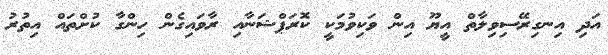
އަދި އިނގިރޭސިވިލާތް އީޔޫ އިން ވަކިވުމަކީ ކޮރަޕްޝަނާއި ރާވައިގެން ހިންގާ ކުށްތައް އިތުރު